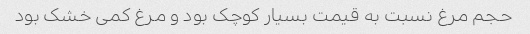
حجم مرغ نسبت به قیمت بسیار کوچک بود و مرغ کمی خشک بود